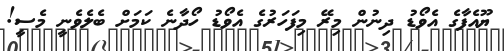
ޔޫއެފާގެ އެވޯޑު ދިނުން މިރޭ މިފަހަރުގެ އެވޯޑު ހޯދާނެ ކަމަށް ބެލެވެނީ މެސީ!